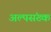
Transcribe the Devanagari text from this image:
अल्पसंख्क